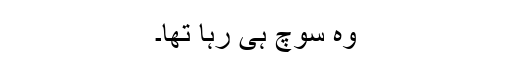
وہ سوچ ہی رہا تھا۔